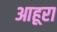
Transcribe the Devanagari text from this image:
आहूरा